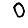
Digit: 0